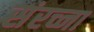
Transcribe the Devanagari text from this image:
संरच्ना